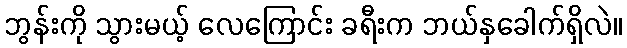
ဘွန်းကို သွားမယ့် လေကြောင်း ခရီးက ဘယ်နှခေါက်ရှိလဲ။